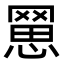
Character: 𦋮